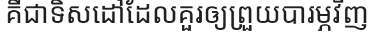
គឺជាទិសដៅដែលគួរឲ្យព្រួយបារម្ភវិញ